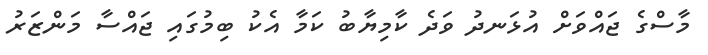
މާސްގެ ޖައްވަށް އުޅަނދު ވަދެ ކާމިޔާބު ކަމާ އެކު ބިމުގައި ޖައްސާ މަންޒަރު